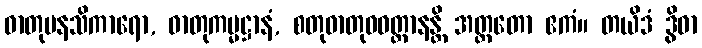
ဓာတုမနသိကာရော, ဓာတုကမ္မဋ္ဌာနံ, စတုဓာတုဝဝတ္ထာနန္တိ အတ္ထတော ဧကံ။ တယိဒံ ဒွိဓာ